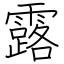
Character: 露